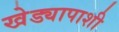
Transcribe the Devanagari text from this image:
खेड्यापाशी